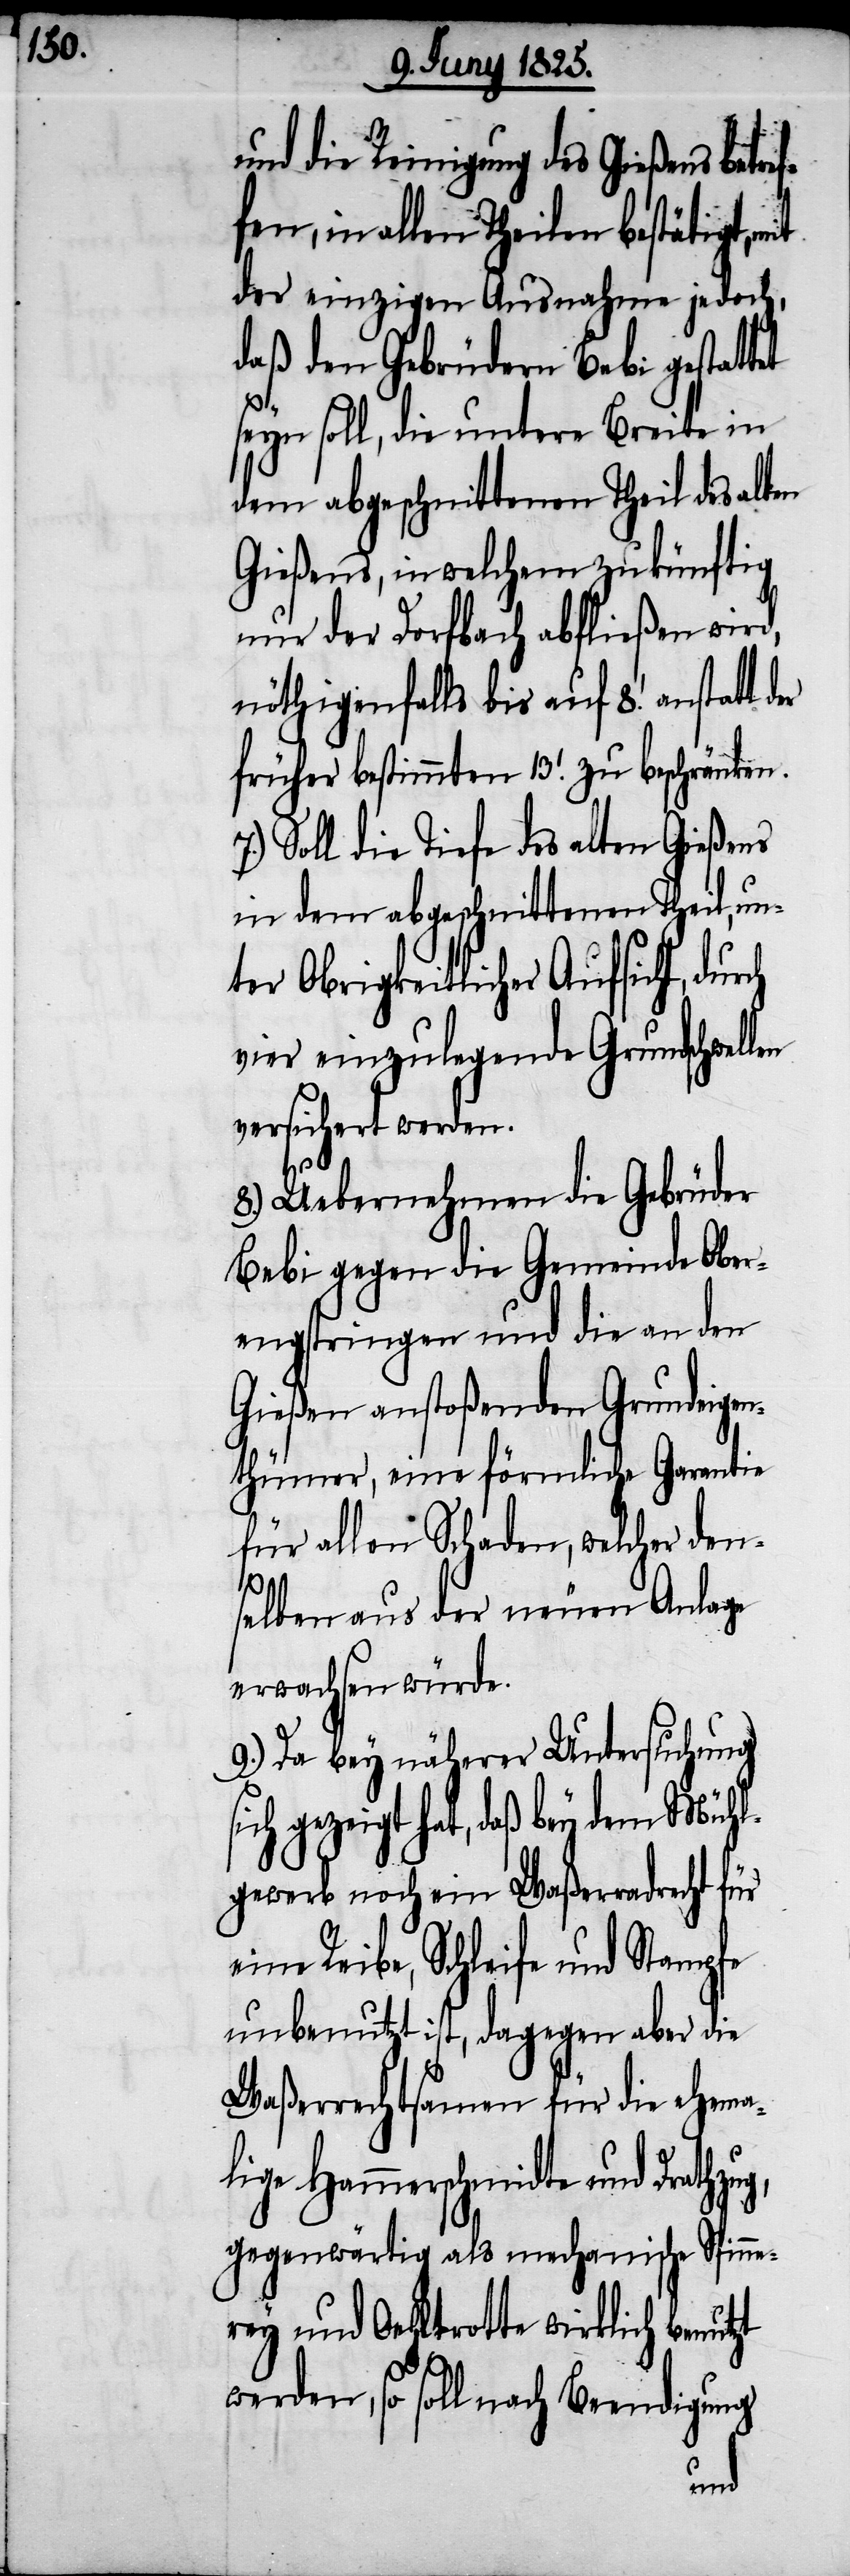
und die Reinigung des Gießens betre¬
in allen Theilen bestätigt,
der einzigen Ausnahme jedoch,
daß den Gebrüdern Bebi gestattet
seyn soll, die untere Breite in
dem abgeschnittenen Theil des alten
Gießens, in welchem zukünftig
nur der Dorfbach abfließen wird,
nöthigenfalls bis auf 8.’ anstatt der
früher bestimmten 13.’ zu beschränken.
Soll die Tiefe des alten Gießens
in dem abgeschnittenen Theil, un¬
ter Obrigkeitlicher Aufsicht, durch
vier einzulegende Grundschwellen
versichert werden.
si¬
8.) Uebernehmen die Gebrüder
Bebi gegen die Gemeinde Ober¬
engstringen und die an den
Gießen anstoßenden Grundeigen¬
thümer, eine förmliche Garantie
für allen Schaden, welcher den¬
ug,
selben aus der neuen Anlage
erwachsen würde.
9.) Da bey näherer Untersuchung
ch gezeigt hat, daß bey dem Mühl¬
gewerb noch ein Waßerradrecht für
eine Reibe, Schleife und Stampfe
unbenutzt ist, dagegen aber die
Waßerrechtsamen für die ehema¬
lige Hammerschmidte und Drathz¬
gegenwärtig als mechanische Spinne¬
rey und Oehltrotte wirklich benutzt
werden, so soll nach Beendigung